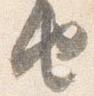
由